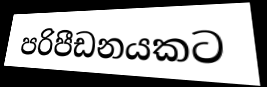
පරිපීඩනයකට